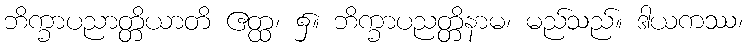
ဘိက္ခာပညာတ္တိယာတိ ဧတ္ထ၊ ၌။ ဘိက္ခာပညတ္တိနာမ၊ မည်သည်။ ဒါယကဿ၊